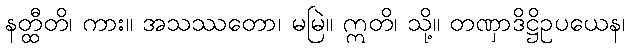
နတ္ထီတိ၊ ကား။ အသဿတော၊ မမြဲ။ ဣတိ၊ သို့။ တဏှာဒိဋ္ဌိဥပယေန၊